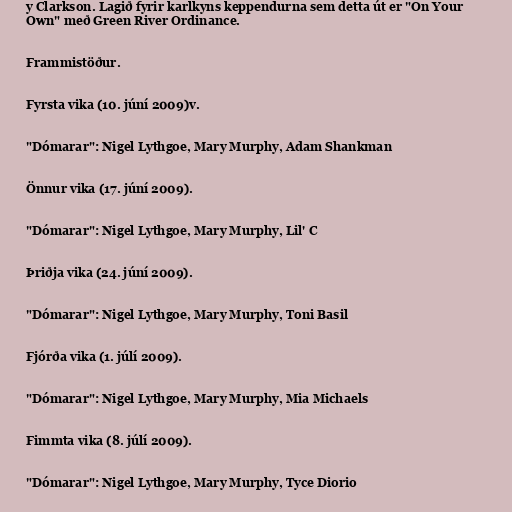
y Clarkson. Lagið fyrir karlkyns keppendurna sem detta út er "On Your
Own" með Green River Ordinance.

Frammistöður.

Fyrsta vika (10. júní 2009)v.

"Dómarar": Nigel Lythgoe, Mary Murphy, Adam Shankman

Önnur vika (17. júní 2009).

"Dómarar": Nigel Lythgoe, Mary Murphy, Lil' C

Þriðja vika (24. júní 2009).

"Dómarar": Nigel Lythgoe, Mary Murphy, Toni Basil

Fjórða vika (1. júlí 2009).

"Dómarar": Nigel Lythgoe, Mary Murphy, Mia Michaels

Fimmta vika (8. júlí 2009).

"Dómarar": Nigel Lythgoe, Mary Murphy, Tyce Diorio